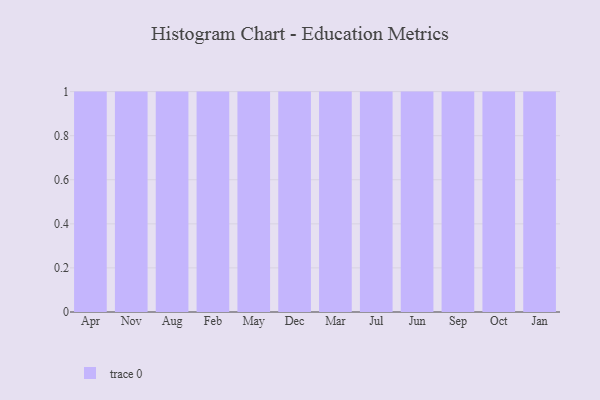
{"axis": {"x": "Month", "y": "Customer Acquisition Cost (USD)"}, "legend": [""], "data": [{"x": "Apr", "y": 48, "type": ""}, {"x": "Nov", "y": 39, "type": ""}, {"x": "Aug", "y": 19, "type": ""}, {"x": "Feb", "y": 59, "type": ""}, {"x": "May", "y": 83, "type": ""}, {"x": "Dec", "y": 78, "type": ""}, {"x": "Mar", "y": 88, "type": ""}, {"x": "Jul", "y": 24, "type": ""}, {"x": "Jun", "y": 86, "type": ""}, {"x": "Sep", "y": 73, "type": ""}, {"x": "Oct", "y": 60, "type": ""}, {"x": "Jan", "y": 59, "type": ""}]}